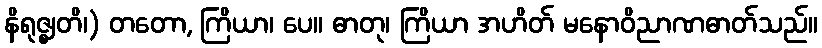
နိရုဇ္ဈတိ၊) တတော, ကြိယာ၊ ပေ။ ဓာတု၊ ကြိယာ အဟိတ် မနောဝိညာဏဓာတ်သည်။